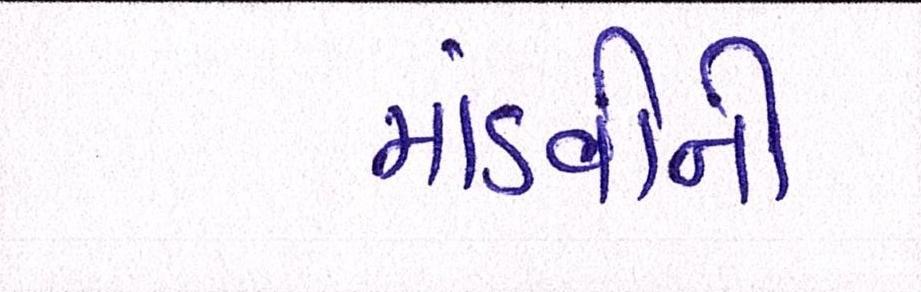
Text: માંડવીની